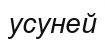
усуней